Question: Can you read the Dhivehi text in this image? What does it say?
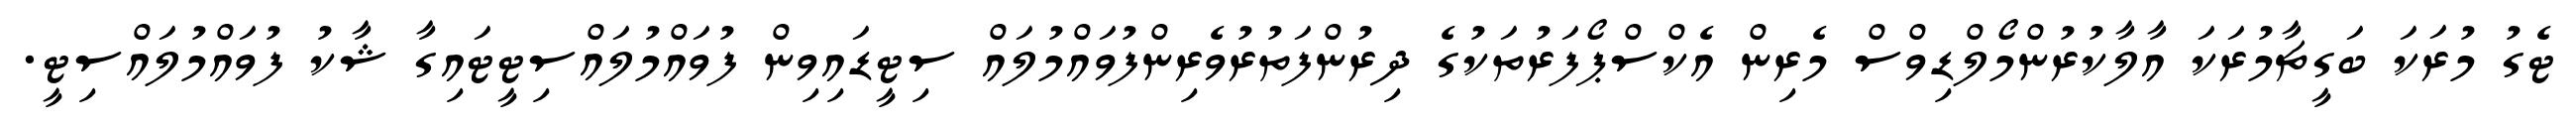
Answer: ޓެގު މުރަކަ ބަގީޗާމުރަކަ އާލާކުރުންމޯލްޑިވްސް މެރިން އެކްސްޕޯފަރުތަކުގެ ދިރުންފަތުރުވެރިންފުވައްމުލައް ސިޓީޑައިވިން ފުވައްމުލައްސިޓީޓައިގާ ޝާކު ފުވައްމުލައްސިޓީ.